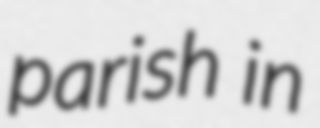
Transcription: parish in